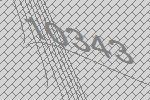
10343